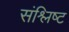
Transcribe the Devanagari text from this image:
संश्लिष्‍ट